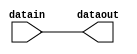
module cyclone_routing_wire (
                               datain,
                               dataout
                               );
    // INPUT PORTS
    input datain;
    // OUTPUT PORTS
    output dataout;
    // INTERNAL VARIABLES
    wire dataout_tmp;
    specify
        (datain => dataout) = (0, 0) ;
    endspecify
    assign dataout_tmp = datain;
    and (dataout, dataout_tmp, 1'b1);
endmodule